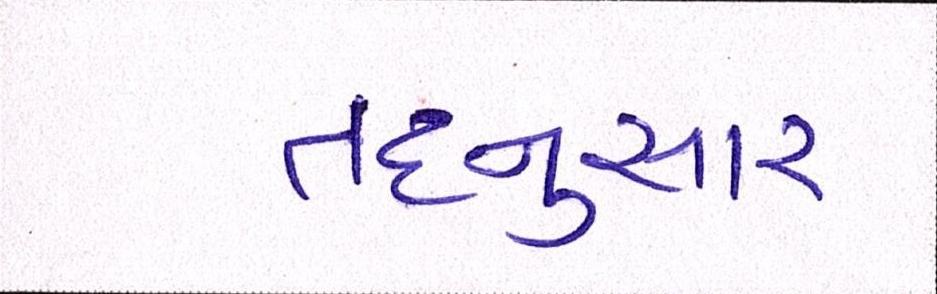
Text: તદનુસાર